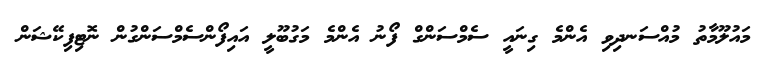
މައުލޫމާތު މުއްސަނދިވި އެންމެ ގިނައީ ސެމްސަންގް ފޯނު އެންމެ މަގުބޫލީ އައިފޯންސެމްސަންގުން ނޮޓިފިކޭޝަން